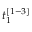
t _ { 1 } ^ { [ 1 - 3 ] }